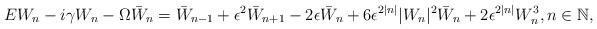
LaTeX: \begin{align*}EW_n - i\gamma W_n - \Omega \bar{W}_n = \bar{W}_{n-1} + \epsilon^2 \bar{W}_{n+1} - 2\epsilon \bar{W}_n + 6\epsilon^{2 |n|} |W_n|^2 \bar{W}_n + 2\epsilon^{2|n|}W_n^3, n \in \mathbb{N}, \end{align*}